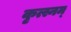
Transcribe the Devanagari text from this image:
कृत्स्नम्‌